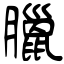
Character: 臘